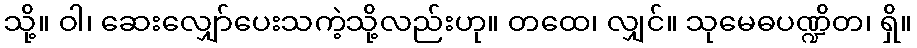
သို့။ ဝါ၊ ဆေးလျှော်ပေးသကဲ့သို့လည်းဟု။ တထေ၊ လျှင်။ သုမေဓပဏ္ဍိတ၊ ရှိ။